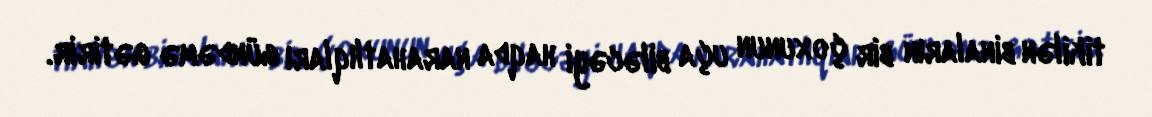
tikilən binaların bir çoxunun uça biləcəyi haqda narahatlıqları gündəmə gətirir.